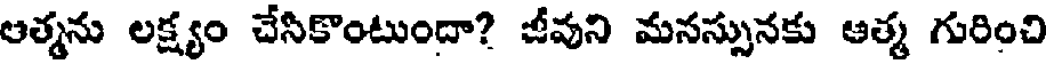
ఆత్మను లక్ష్యం చేసికొంటుందా? జీవుని మనస్సునకు ఆత్మ గురించి